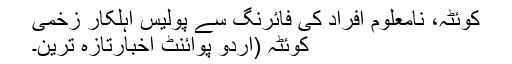
کوئٹہ، نامعلوم افراد کی فائرنگ سے پولیس اہلکار زخمی
کوئٹہ (اُردو پوائنٹ اخبارتازہ ترین۔